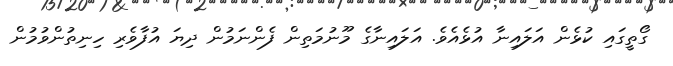
ގޯތީގައި ކުޅެން އަލައިނާ އުޅެއެވެ. އަލައިނާގެ މޫނުމަތިން ފެންނަމުން ދިޔަ އުފާވެރި ހިނިތުންވުމުން